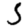
Digit: 5